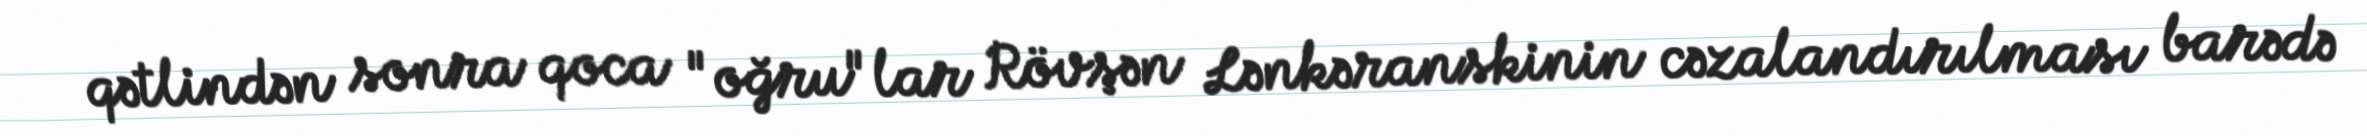
qətlindən sonra qoca "oğru"lar Rövşən Lənkəranskinin cəzalandırılması barədə